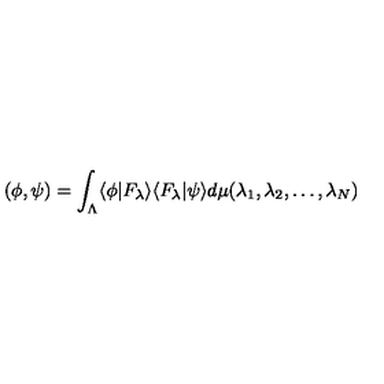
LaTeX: \left( \phi , \psi \right) = \int _ { \Lambda } \langle \phi | F _ { \lambda } \rangle \langle F _ { \lambda } | \psi \rangle d \mu ( \lambda _ { 1 } , \lambda _ { 2 } , \dots , \lambda _ { N } )